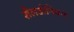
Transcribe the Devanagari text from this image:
शैलडोनियन